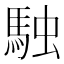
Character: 𮩿